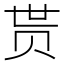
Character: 贳